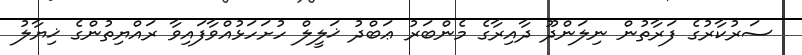
ސަރުކާރުގެ ފަރާތުން ނިލަންދޫ ދާއިރާގެ މެންބަރު ޢަބްދު ޚަލީލް ހުށަހަޅުއްވާފައިވާ ރައްޔިތުންގެ ޚިޔާލު